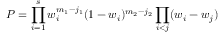
{ \cal P } = \prod _ { i = 1 } ^ { s } w _ { i } ^ { m _ { 1 } - j _ { 1 } } ( 1 - w _ { i } ) ^ { m _ { 2 } - j _ { 2 } } \prod _ { i < j } ( w _ { i } - w _ { j } )